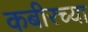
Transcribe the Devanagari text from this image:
कबीरच्या